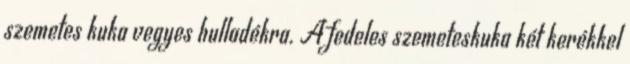
szemetes kuka vegyes hulladékra. A fedeles szemeteskuka két kerékkel